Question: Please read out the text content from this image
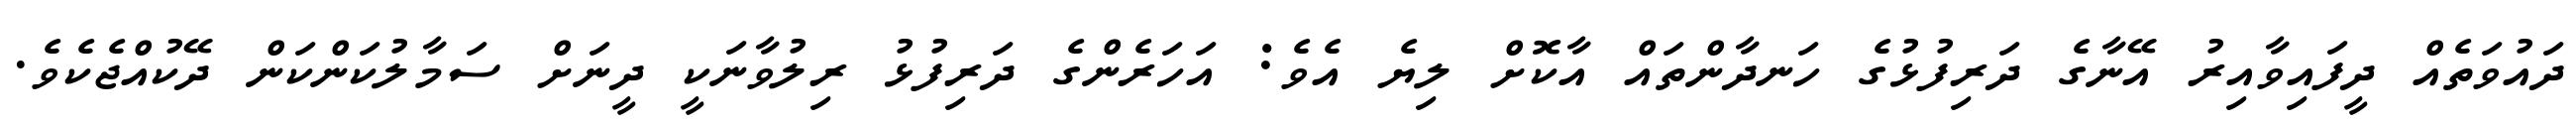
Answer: ދައުވަތެއް ދީފައިވާއިރު އޭނާގެ ދަރިފުޅުގެ ހަނދާންތައް އާކޮށް ލިޔެ އެވެ: އަހަރެންގެ ދަރިފުޅު ރިލުވާނަކީ ދީނަށް ސަމާލުކަންކަން ދޭކުއްޖެކެވެ.